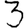
Digit: 3